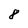
Character: 8